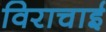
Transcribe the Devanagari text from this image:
विराचाई